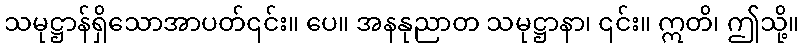
သမုဋ္ဌာန်ရှိသောအာပတ်၎င်း။ ပေ။ အနနုညာတ သမုဋ္ဌာနာ၊ ၎င်း။ ဣတိ၊ ဤသို့။